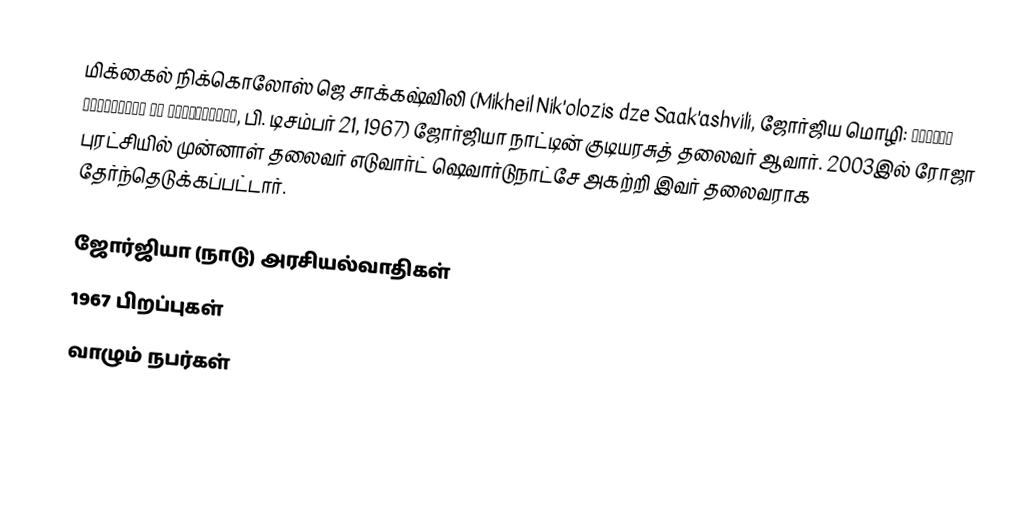
மிக்கைல் நிக்கொலோஸ் ஜெ சாக்கஷ்விலி (Mikheil Nik'olozis dze Saak'ashvili, ஜோர்ஜிய மொழி: მიხეილ ნიკოლოზის ძე სააკაშვილი, பி. டிசம்பர் 21, 1967) ஜோர்ஜியா நாட்டின் குடியரசுத் தலைவர் ஆவார். 2003இல் ரோஜா புரட்சியில் முன்னாள் தலைவர் எடுவார்ட் ஷெவார்டுநாட்சே அகற்றி இவர் தலைவராக தேர்ந்தெடுக்கப்பட்டார்.

ஜோர்ஜியா (நாடு) அரசியல்வாதிகள்
1967 பிறப்புகள்
வாழும் நபர்கள்